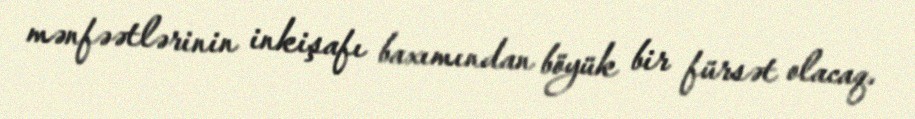
mənfəətlərinin inkişafı baxımından böyük bir fürsət olacaq.